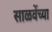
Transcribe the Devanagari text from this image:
साळवेंच्या